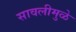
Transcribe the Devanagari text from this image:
सावलीमुळे